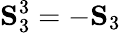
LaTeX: \mathbf{S}_{3}^{3}=-\mathbf{S}_{3}